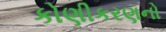
કોણીકરણનો